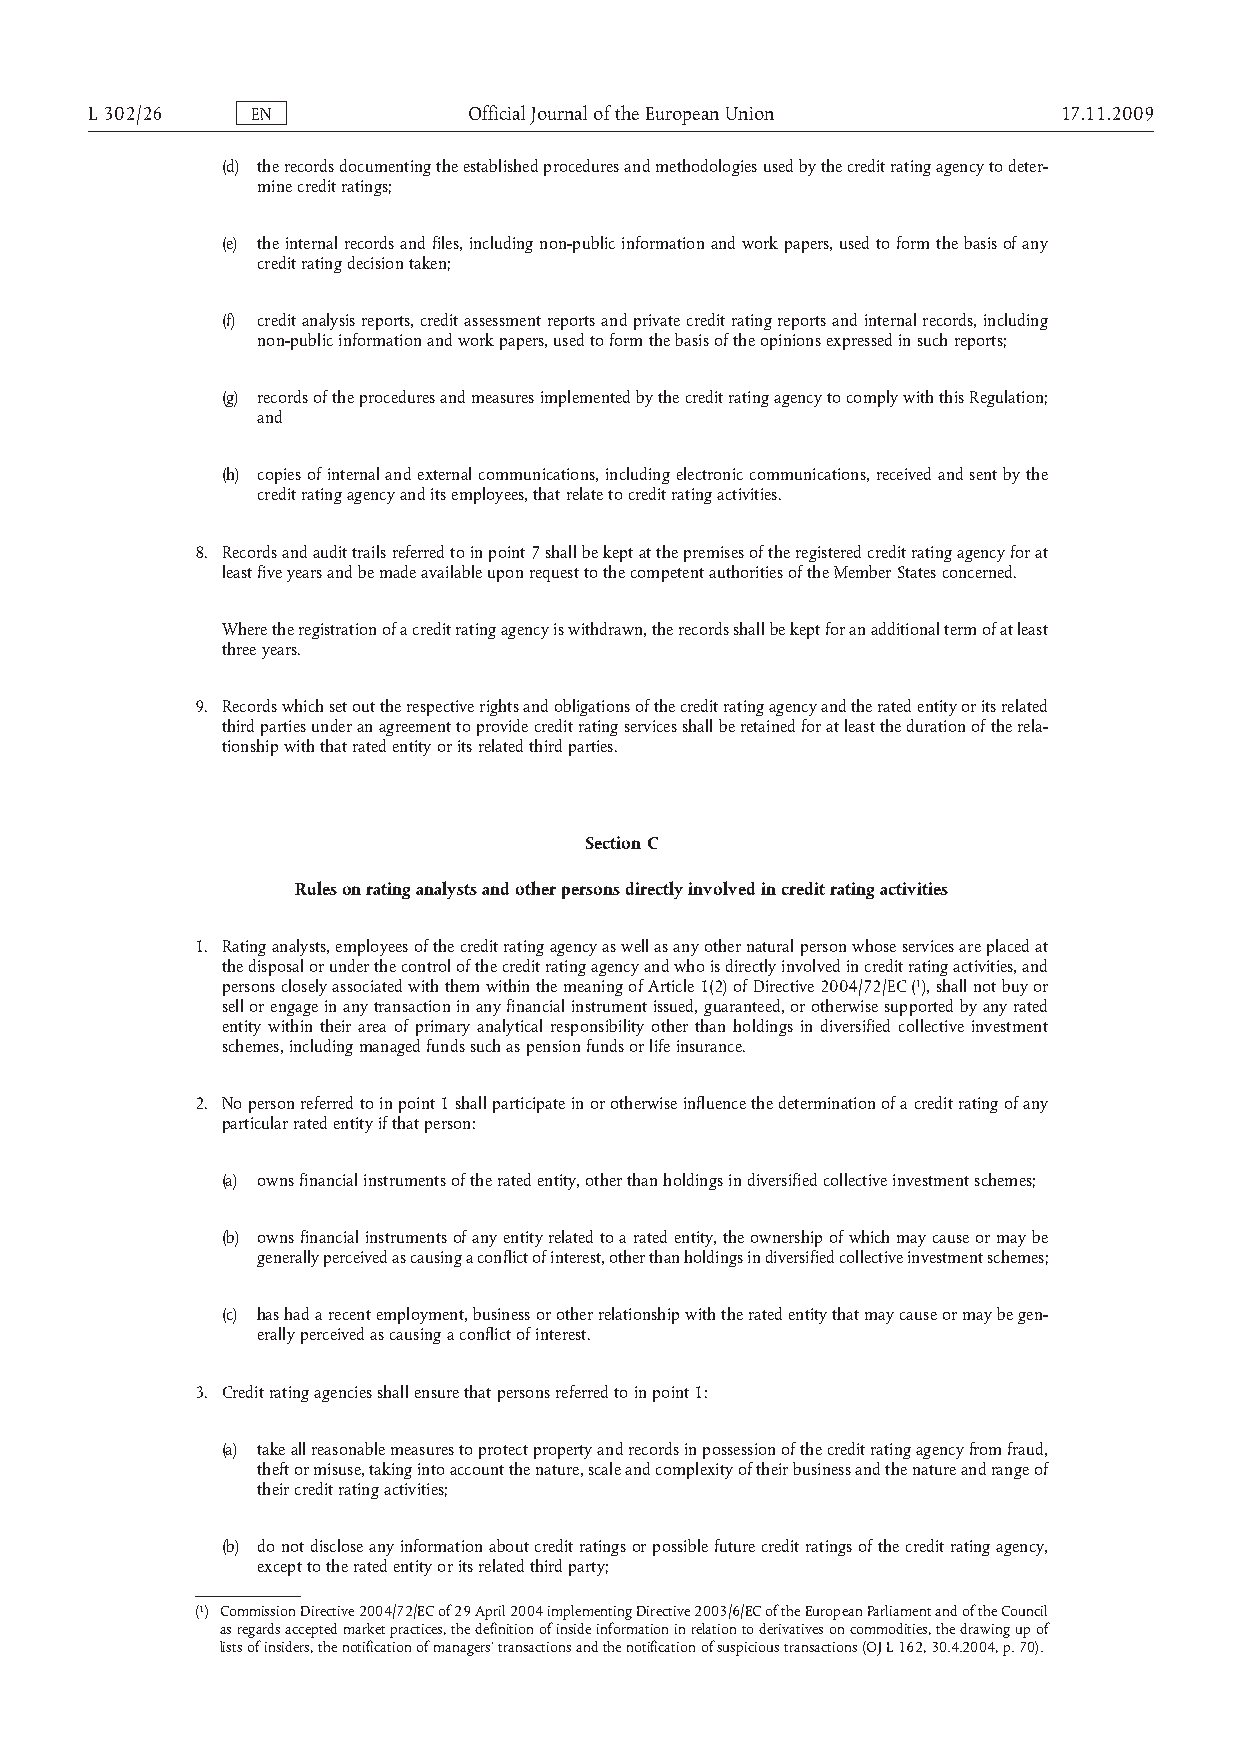
L302/26    EN            OfficialJournaloftheEuropeanUnion      17.11.2009
 (d) the records documenting the established procedures and methodologies used by the credit rating agency to deter­
 mine credit ratings;
 (e) the internal records and files, including non-public information and work papers, used to form the basis of any
 credit rating decision taken;
 (f) credit analysis reports, credit assessment reports and private credit rating reports and internal records, including
 non-public information and work papers, used to form the basis of the opinions expressed in such reports;
 (g) records of the procedures and measures implemented by the credit rating agency to comply with this Regulation;
 and
 (h) copies of internal and external communications, including electronic communications, received and sent by the
 credit rating agency and its employees, that relate to credit rating activities.
 8. Records and audit trails referred to in point 7 shall be kept at the premises of the registered credit rating agency for at
 least five years and be made available upon request to the competent authorities of the Member States concerned.
 Where the registration of a credit rating agency is withdrawn, the records shall be kept for an additional term of at least
 three years.
 9. Records which set out the respective rights and obligations of the credit rating agency and the rated entity or its related
 third parties under an agreement to provide credit rating services shall be retained for at least the duration of the rela­
 tionship with that rated entity or its related third parties.
 Section C
 Rules on rating analysts and other persons directly involved in credit rating activities
 1. Rating analysts, employees of the credit rating agency as well as any other natural person whose services are placed at
 the disposal or under the control of the credit rating agency and who is directly involved in credit rating activities, and
 persons closely associated with them within the meaning of Article 1(2) of Directive 2004/72/EC (1), shall not buy or
 sell or engage in any transaction in any financial instrument issued, guaranteed, or otherwise supported by any rated
 entity within their area of primary analytical responsibility other than holdings in diversified collective investment
 schemes, including managed funds such as pension funds or life insurance.
 2. No person referred to in point 1 shall participate in or otherwise influence the determination of a credit rating of any
 particular rated entity if that person:
 (a) owns financial instruments of the rated entity, other than holdings in diversified collective investment schemes;
 (b) owns financial instruments of any entity related to a rated entity, the ownership of which may cause or may be
 generally perceived as causing a conflict of interest, other than holdings in diversified collective investment schemes;
 (c) has had a recent employment, business or other relationship with the rated entity that may cause or may be gen­
 erally perceived as causing a conflict of interest.
 3. Credit rating agencies shall ensure that persons referred to in point 1:
 (a) take all reasonable measures to protect property and records in possession of the credit rating agency from fraud,
 theft or misuse, taking into account the nature, scale and complexity of their business and the nature and range of
 their credit rating activities;
 (b) do not disclose any information about credit ratings or possible future credit ratings of the credit rating agency,
 except to the rated entity or its related third party;
 (1) Commission Directive 2004/72/EC of 29 April 2004 implementing Directive 2003/6/EC of the European Parliament and of the Council
 as regards accepted market practices, the definition of inside information in relation to derivatives on commodities, the drawing up of
 lists of insiders, the notification of managers’ transactions and the notification of suspicious transactions (OJ L 162, 30.4.2004, p. 70).